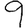
Digit: 9